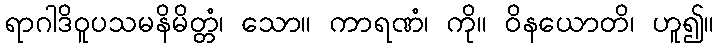
ရာဂါဒိဝူပသမနိမိတ္တံ၊ သော။ ကာရဏံ၊ ကို။ ဝိနယောတိ၊ ဟူ၍။